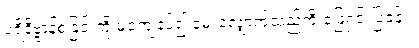
ပရိနိဗ္ဗာန်စံခြင်းကို မကျေနပ်၍ မေးလျှောက်သည်ကို ဖြေရှင်းပြခန်း။